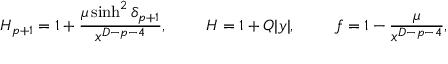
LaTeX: H _ { p + 1 } = 1 + { \frac { \mu \sinh ^ { 2 } \delta _ { p + 1 } } { x ^ { D - p - 4 } } } , \ \ \ \ \ \ \ H = 1 + Q | y | , \ \ \ \ \ \ \ f = 1 - { \frac { \mu } { x ^ { D - p - 4 } } } ,